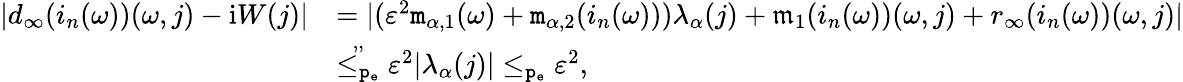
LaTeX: \begin{array}{rl}{|d_{\infty}(i_{n}(\omega))(\omega,j)-\mathrm{i}W(j)|}&{=|(\varepsilon^{2}\mathtt{m}_{\alpha,1}(\omega)+\mathtt{m}_{\alpha,2}(i_{n}(\omega)))\lambda_{\alpha}(j)+\mathfrak{m}_{1}(i_{n}(\omega))(\omega,j)+r_{\infty}(i_{n}(\omega))(\omega,j)|}\\ &{\overset{,,}{\le_{\mathtt{p_{e}}}}\varepsilon^{2}|\lambda_{\alpha}(j)|\le_{\mathtt{p_{e}}}\varepsilon^{2},}\end{array}